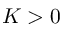
K > 0